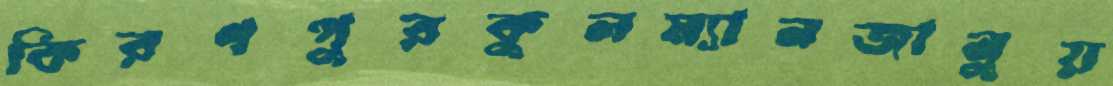
কিরণপুরকুলম্যানজানুয়